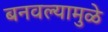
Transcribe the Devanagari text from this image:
बनवल्यामुळे